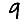
Digit: 9